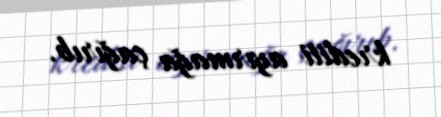
krediti ayırmağa çağırıb.